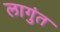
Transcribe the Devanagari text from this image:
लागुंत